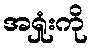
အရှုံးကို